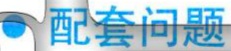
配套问题